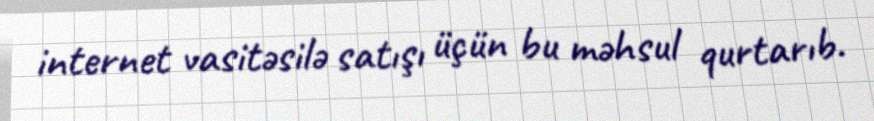
internet vasitəsilə satışı üçün bu məhsul qurtarıb.